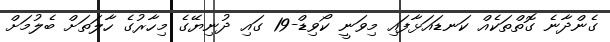
ގެންދާނެ ގޮތްތަކެއް ކަނޑައަޅާފައި މިވަނީ ކޯވިޑް-19 ގައި ދުނިޔޭގެ މިހާރުގެ ހާލަތަށް ބެލުމަށް